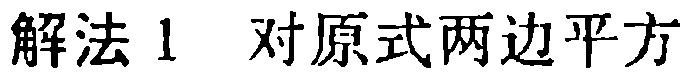
解法 1 对原式两边平方